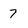
Character: 7